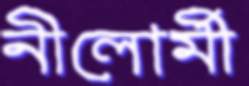
নীলোর্মী